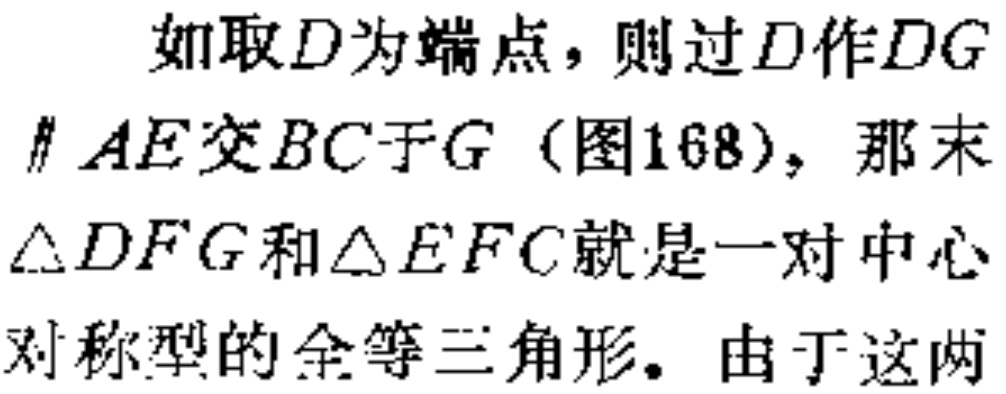
如取\(D\)为端点，则过\(D\)作\(DG\parallel AE\)交\(BC\)于\(G\)（图168），那末\(\triangle DFG\)和\(\triangle EFC\)就是一对中心对称型的全等三角形。由于这两